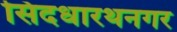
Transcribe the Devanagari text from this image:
सिदधारथनगर